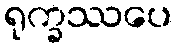
ရုက္ခဿပေ